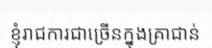
ខ្ញុំរាជការជាច្រើនក្នុងគ្រាជាន់